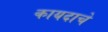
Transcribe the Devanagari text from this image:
कायदाचे